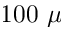
1 0 0 ~ \mu